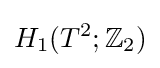
H_{1}(T^{2};\mathbb {Z} _{2})